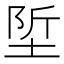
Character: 𡌌